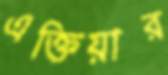
এক্তিয়ার